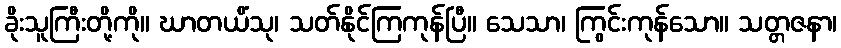
ခိုးသူကြီးတို့ကို။ ဃာတယိံသု၊ သတ်နိုင်ကြကုန်ပြီ။ သေသာ၊ ကြွင်းကုန်သော။ သတ္တဇနာ၊